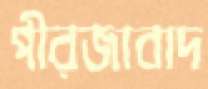
পীরজাবাদ